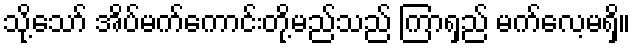
သို့သော် အိပ်မက်ကောင်းတို့မည်သည် ကြာရှည် မက်လေ့မရှိ။